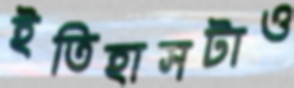
ইতিহাসটাও